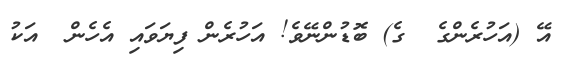
އޭ (އަހުރެންގެ  ގެ) ބޮޑުންނޭވެ! އަހުރެން ފިޔަވައި އެހެން  އަކު